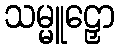
သမ္မူဠှော